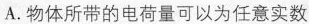
A.物体所带的电荷量可以为任意实数